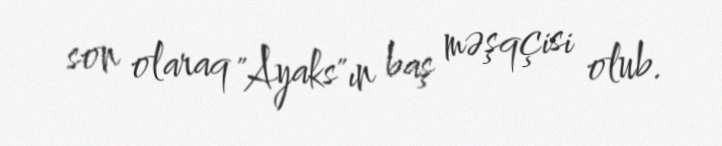
son olaraq "Ayaks"ın baş məşqçisi olub.